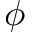
\phi